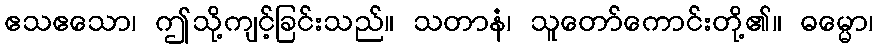
ဧသဧသော၊ ဤသို့ကျင့်ခြင်းသည်။ သတာနံ၊ သူတော်ကောင်းတို့၏။ ဓမ္မော၊